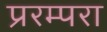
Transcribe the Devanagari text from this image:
प्ररम्परा